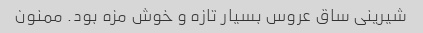
شیرینی ساق عروس بسیار تازه و خوش مزه بود. ممنون